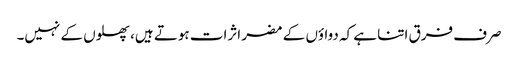
صرف فرق اتنا ہے کہ دواؤں کے مضر اثرات ہوتے ہیں، پھلوں کے نہیں۔